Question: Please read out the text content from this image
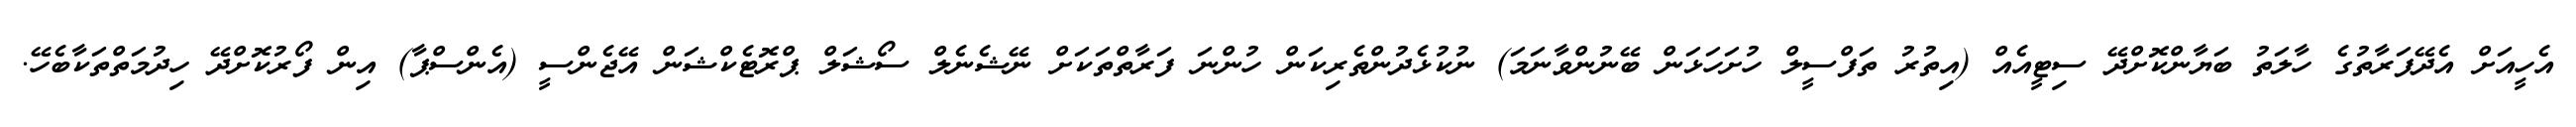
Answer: އެހީއަށް އެދޭފަރާތުގެ ހާލަތު ބަޔާންކޮށްދޭ ސިޓީއެއް (އިތުރު ތަފްސީލް ހުށަހަޅަން ބޭނުންވާނަމަ) ނުކުޅެދުންތެރިކަން ހުންނަ ފަރާތްތަކަށް ނޭޝެނެލް ސޯޝަލް ޕްރޮޓެކްޝަން އޭޖެންސީ (އެންސްޕާ) އިން ފޯރުކޮށްދޭ ހިދުމަތްތަކާބެހޭ.